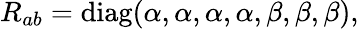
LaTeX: {R_{ab}=\textrm{diag}(\alpha,\alpha,\alpha,\alpha,\beta,\beta,\beta),}